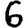
Digit: 6